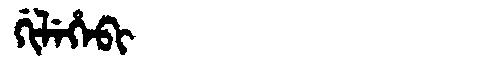
Manchu: ᡤᡳᠯᡝᡥᡝᠪᡳ
Romanization: GILEHEBI